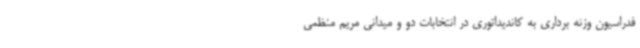
فدراسیون وزنه برداری به کاندیداتوری در انتخابات دو و میدانی مریم منظمی